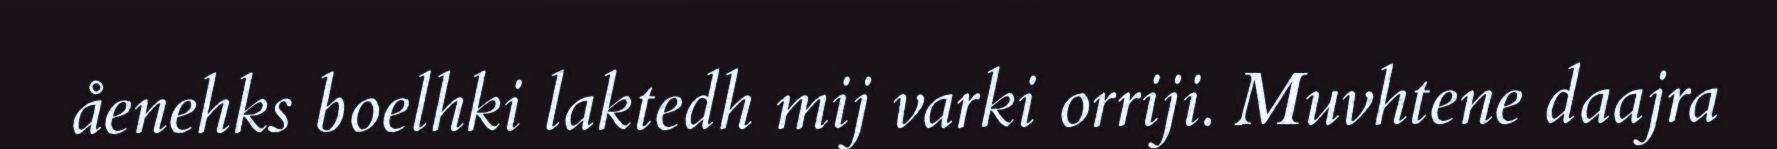
åenehks boelhki laktedh mij varki orriji. Muvhtene daajra